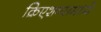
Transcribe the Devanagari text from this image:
क्रिएशन्समध्ये